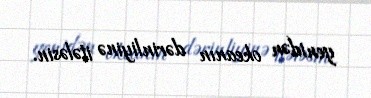
yenidən okeanın dərinliyinə itələsin.